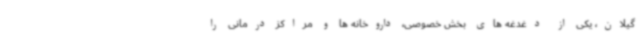
گیلان، یکی از دغدغه های بخش خصوصی، داروخانه ها و مراکز درمانی را